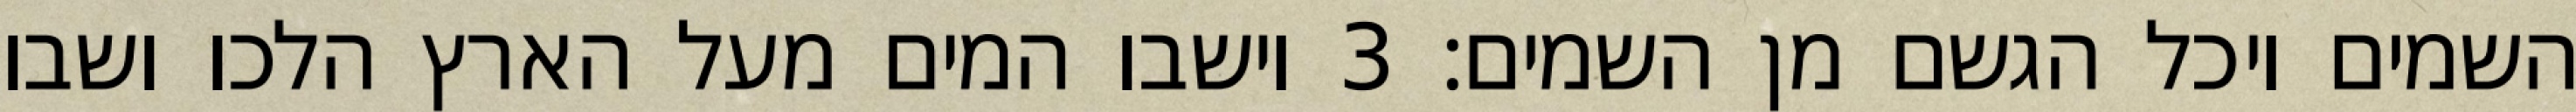
השמים ויכל הגשם מן השמים׃ ‎3‏ וישבו המים מעל הארץ הלכו ושבו